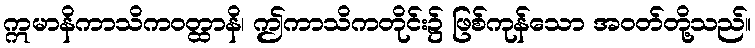
ဣမာနိကာသိကဝတ္ထာနိ၊ ဤကာသိကတိုင်း၌ ဖြစ်ကုန်သော အဝတ်တို့သည်။